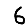
Digit: 6